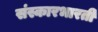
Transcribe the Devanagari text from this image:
संस्कारभारती